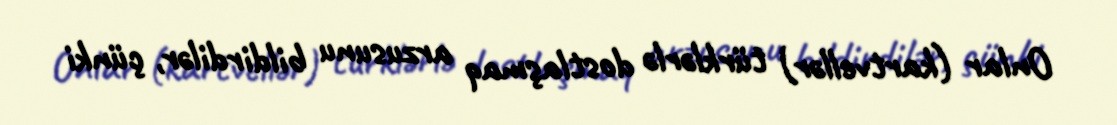
Onlar (kartvellər) türklərlə dostlaşmaq arzusunu bildirdilər, çünki